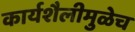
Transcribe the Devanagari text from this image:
कार्यशैलीमुळेच